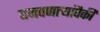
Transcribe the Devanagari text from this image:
बनवणार्‍यांपैकी